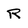
Character: R